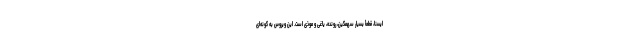
ایسنا، قطعأ بسیار سهمگین، رونده، یاغی و موذی است. این ویروس به گونه‌ای